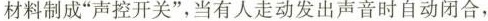
材料制成”声控开关”，当有人走动发出声音时自动闭合，